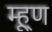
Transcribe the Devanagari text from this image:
म्ह्णू